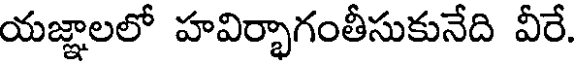
యజ్ఞాలలో హవిర్భాగంతీసుకునేది వీరే.